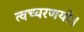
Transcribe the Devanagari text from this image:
त्वच्चरणयोः।